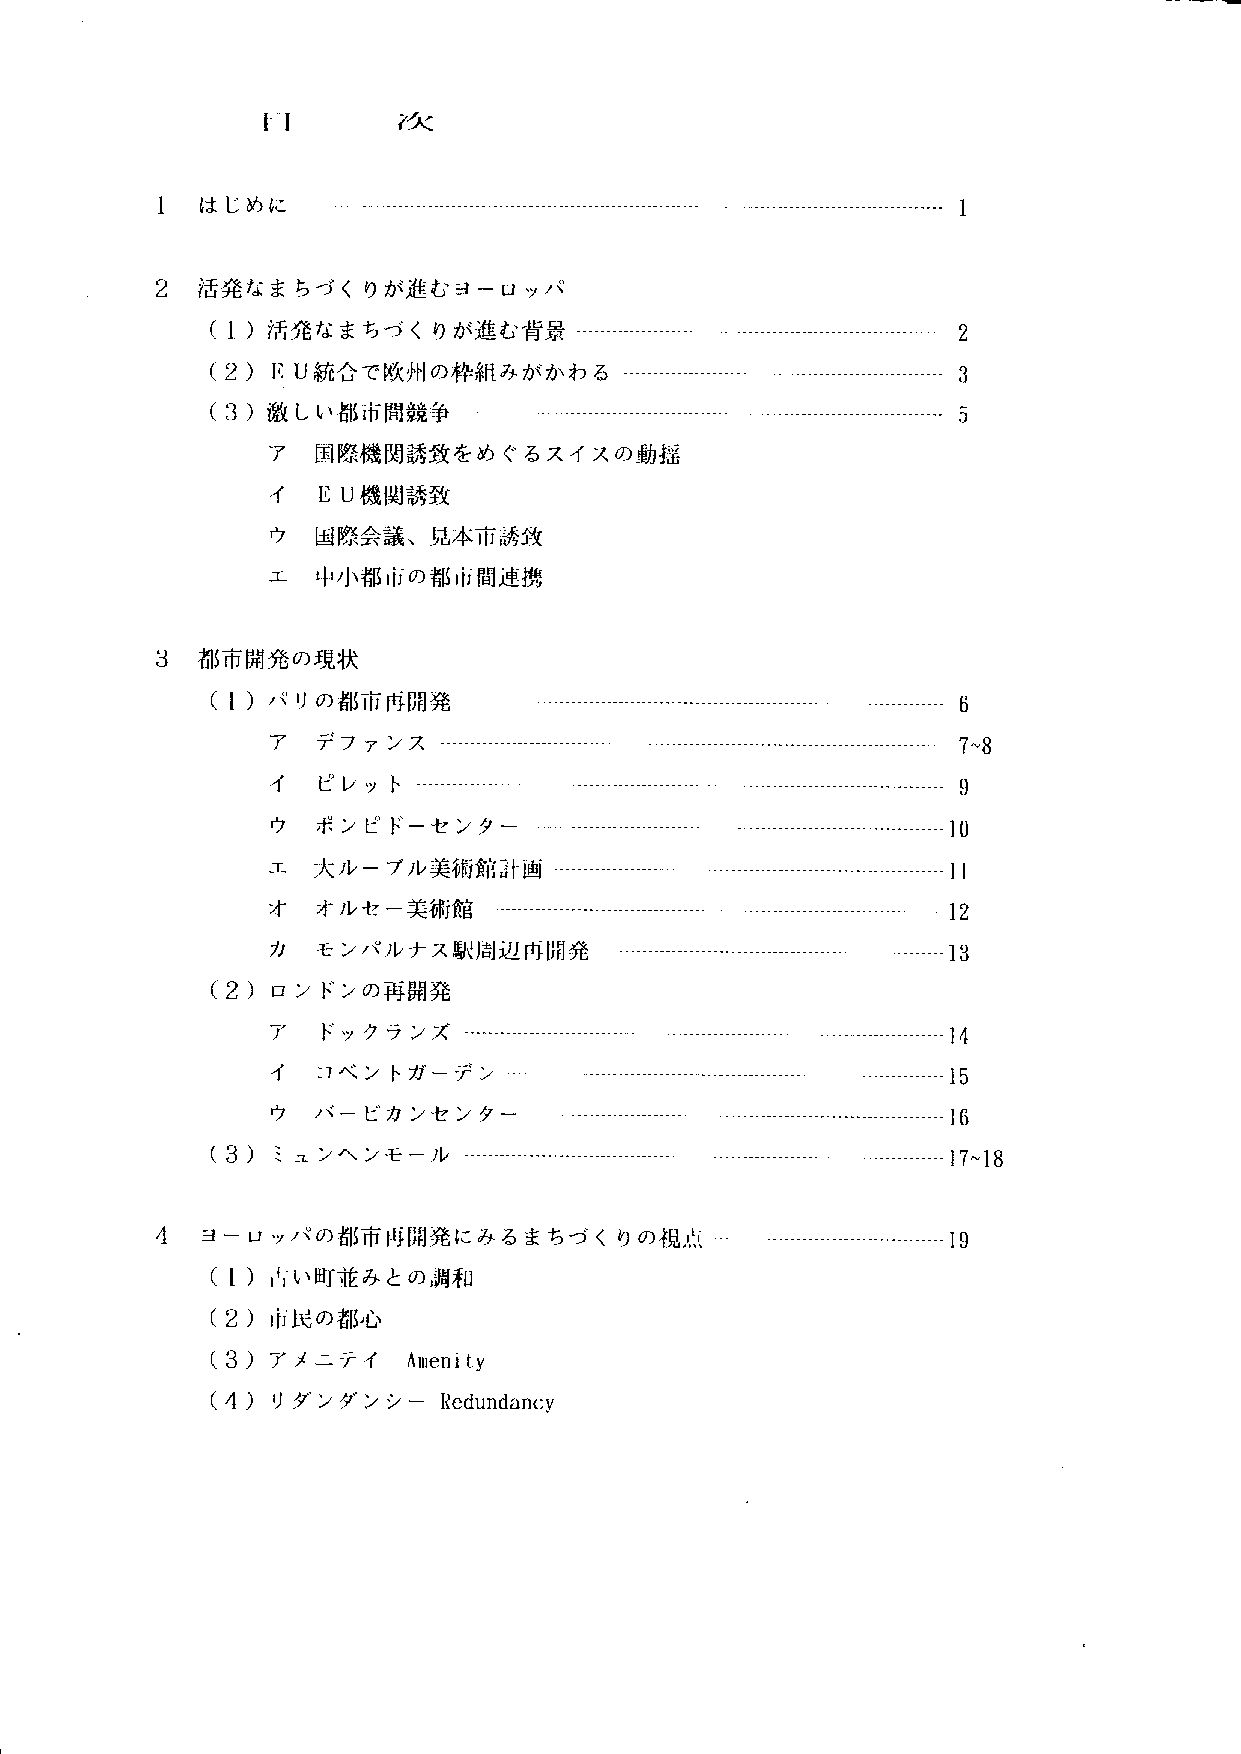
目        次
 は じめに
 ―― - 1
 活発なまちづくりが進むヨーロッパ
 (1)活 発なまちづくりが進む背景                                ２
 (2)EU統  合で欧州の枠組みがかわる                             ３
 (3)激  しい都市間競争    一――――――――一                      ５
 ア 国 際機関誘致をめぐるスイスの動揺
 イ EU機  関誘致
 ウ 国 際会議、見本市誘致
 工 中 小都市の都市関連携
 都市開発の現状
 (1)パ  リの都市再開発    一――一――一―――一
 ア  デファンス   ー ー ーーーーー ーーー十 ____、 _
 イ
 ピレットー十一―十一――__一    一
 ウ
 ポンピドー   センター  ーー,一― ―
 エ
 大ルー  ブル美術館計陛F一―――
 オ
 オルセー
 美術館  ―
 ――――
 カ  モンパルナス駅周辺再開発
 ( 2 ) ロ ン ドンの再開発
 ア   ドックランズ    ーーーーー ー 、 一一―一――― ―十
 イ   コベ ン トガー デ ン ーーーーー
 ウ   バー ビカ ンセ ンター  ー ーーー
 (3) ミ ユ ンヘ ンモ ー ル 十一―一 _ _ ―‐―― ―
 ヨーロッパの都市再開発にみるまちづくりの視点
 (1)占 い町並みとの調和
 (2)市 民の都心
 (3)ア メニテイ   Amenity
 (4)リ
 ダンダンシー
 Redundancy